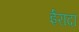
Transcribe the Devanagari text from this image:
ईरादा